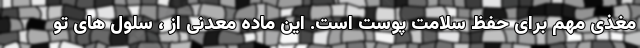
مغذی مهم برای حفظ سلامت پوست است. این ماده معدنی از ، سلول های تو